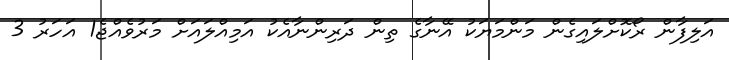
އަލިފާން ރޯކޮށްލައިގެން މަންމަޔަކު އޭނާގެ ތިން ދަރިންނާއެކު އަމިއްލައަށް މަރުވެއްޖެ1 އަހަރު 3